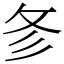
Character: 㣊